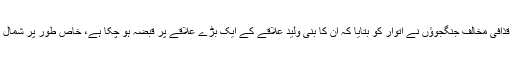
دریں اثنا، قذافی مخالف جنگجوؤں نے اتوار کو بتایا کہ اُن کا بنی ولید علاقے کے ایک بڑے علاقے پر قبضہ ہو چکا ہے، خاص طور پر شمال کی طرف۔